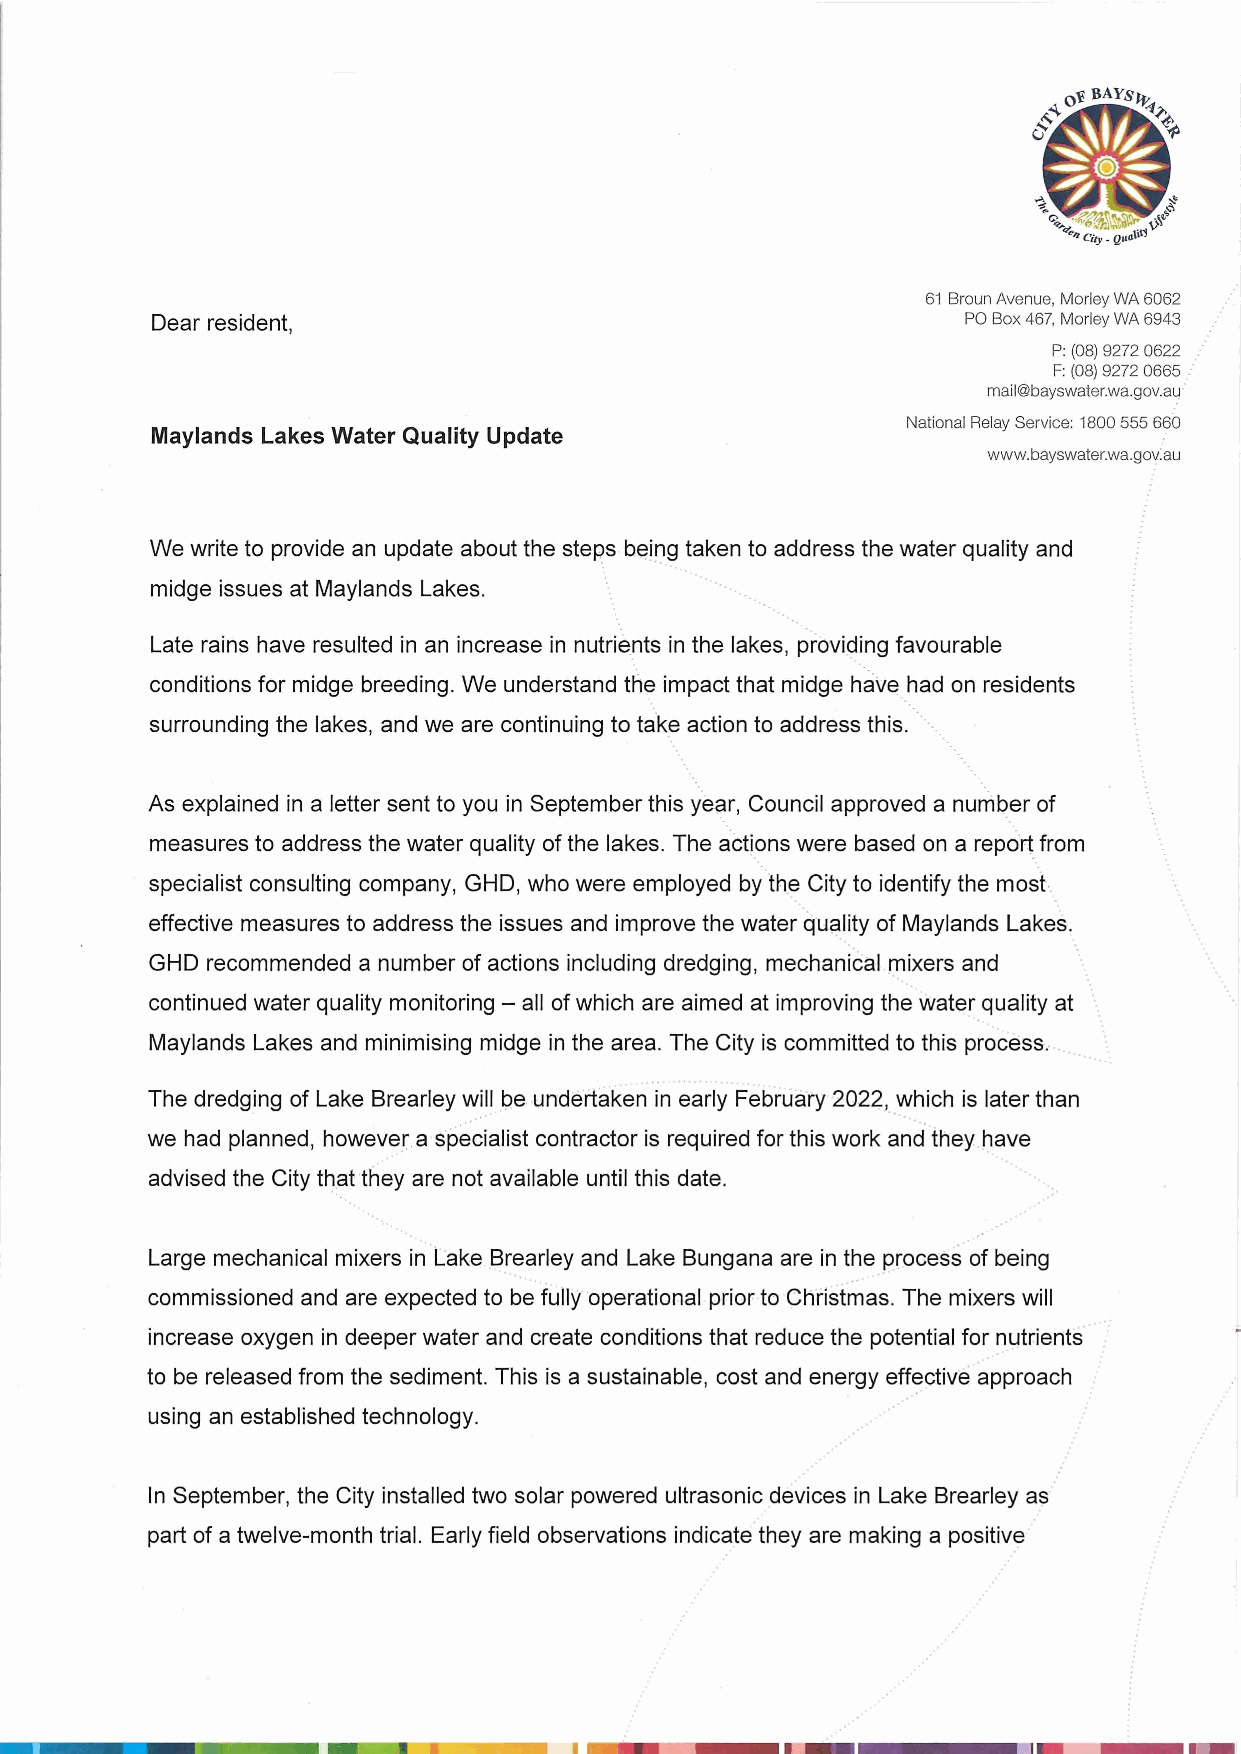
61 Broun Avenue, Morley WA 6062
 Dear resident,                                        PO Box 467, Morley WA 6943
 P: (08) 9272 0622
 F: (08) 9272 0665
 mail@bayswater.wa.gov.au
 National Relay Service: 1800 555 660
 Maylands Lakes Water Quality Update
 www.bayswater.wa.goviau
 We write to provide an update about the steps being taken to address the water quality and
 midge issues at Maylands Lakes.
 Late rains have resulted in an increase in nutrients in the lakes, providing favourable
 conditions for midge breeding. We understand the impact that midge have had on residents
 surrounding the lakes, and we are continuing to take action to address this.
 As explained in a letter sent to you in September this year, Council approved a number of
 measures to address the water quality of the lakes. The actions were based on a report from
 specialist consulting company, GHD, who were employed by the City to identify the most
 effective measures to address the issues and improve the water quality of Maylands Lakes.
 GHD recommended a number of actions including dredging, mechanical mixers and
 continued water quality monitoring - all of which are aimed at improving the water quality at
 Maylands Lakes and minimising midge in the area. The City is committed to this process.
 The dredging of Lake Brearley will be undertaken in early February 2022, which is later than
 we had planned, however a specialist contractor is required for this work and they have
 advised the City that they are not available until this date.
 Large mechanical mixers in Lake Brearley and Lake Bungana are in the process of being
 commissioned and are expected to be fully operational prior to Christmas. The mixers will
 increase oxygen in deeper water and create conditions that reduce the potential for nutrients
 to be released from the sediment. This is a sustainable, cost and energy effective approach
 using an established technology.
 In September, the City installed two solar powered ultrasonic devices in Lake Brearley as
 part of a twelve-month trial. Early field observations indicate they are making a positive